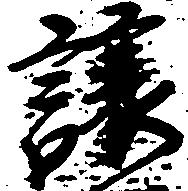
譲